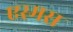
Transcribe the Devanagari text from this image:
एस्मस